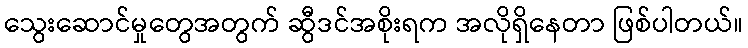
သွေးဆောင်မှုတွေအတွက် ဆွီဒင်အစိုးရက အလိုရှိနေတာ ဖြစ်ပါတယ်။